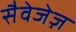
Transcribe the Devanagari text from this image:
सैवेजेज़